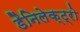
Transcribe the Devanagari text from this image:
डैनिलेक्ट्रो